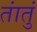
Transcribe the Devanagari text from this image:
तांतुं